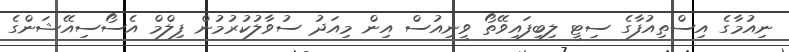
ނިއުމާގެ އިސްތިއުފާގެ ސިޓީ ލިބިފައިވޭތޯ ވީނިއުސް އިން މިއަދު ސުވާލުކުރުމުން ފިލްމް އެސޯސިއޭޝަންގެ